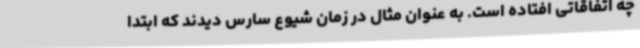
چه اتفاقاتی افتاده است. به عنوان مثال در زمان شیوع سارس دیدند که ابتدا